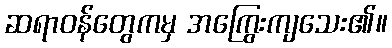
ဆရာဝန်တွေကမှ အကြွေးကျသေး၏။